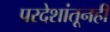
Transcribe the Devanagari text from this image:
परदेशांतूनही